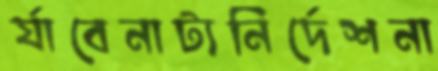
র‍্যাবেনাট্যনির্দেশনা